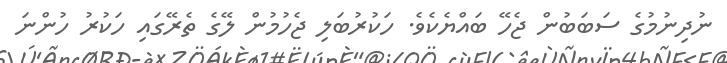
ނުދިނުމުގެ ސަބަބުން ޖެހޭ ބައްޔެކެވެ. ހަކުރުބަލި ޖެހުމުން ލޭގެ ތެރޭގައި ހަކުރު ހުންނަ